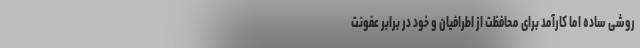
روشی ساده اما کارآمد برای محافظت از اطرافیان و خود در برابر عفونت